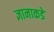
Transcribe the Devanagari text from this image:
ज्ञानाकडे